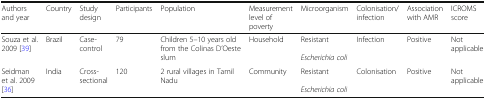
<table><thead><tr><td><b>Authors and year</b></td><td><b>Country</b></td><td><b>Study design</b></td><td><b>Participants</b></td><td><b>Population</b></td><td><b>Measurement level of poverty</b></td><td><b>Microorganism</b></td><td><b>Colonisation/ infection</b></td><td><b>Association with AMR</b></td><td><b>ICROMS score</b></td></tr></thead><tbody><tr><td>Souza et al. 2009 [39]</td><td>Brazil</td><td>Case-control</td><td>79</td><td>Children 5–10 years old from the Colinas D’Oeste slum</td><td>Household</td><td>Resistant<i>Escherichia coli</i></td><td>Infection</td><td>Positive</td><td>Not applicable</td></tr><tr><td>Seidman et al. 2009 [36]</td><td>India</td><td>Cross-sectional</td><td>120</td><td>2 rural villages in Tamil Nadu</td><td>Community</td><td>Resistant<i>Escherichia coli</i></td><td>Colonisation</td><td>Positive</td><td>Not applicable</td></tr></tbody></table>